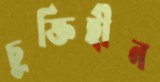
চুক্তিহীন